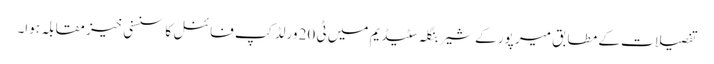
تفصیلات کے مطابق میر پور کے شیر بنگلہ سٹیڈیم میں ٹی 20 ورلڈ کپ فائنل کا سنسنی خیز مقابلہ ہوا۔